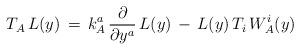
LaTeX: \begin{align*}T_A \, L(y) \, = \, k^a_A \, \frac{\partial}{\partial y^a} \, L(y)\,- \, L(y) \, T_i \, W_A^i(y)\end{align*}